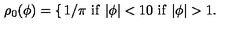
\rho _ { 0 } ( \phi ) = \left\{ \begin{matrix} { 1 / \pi \ \mathrm { i f } \ | \phi | < 1 \hfill } \\ { 0 \ \mathrm { i f } \ | \phi | > 1 . \hfill } \\ \end{matrix} \right.